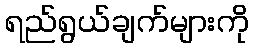
ရည်ရွယ်ချက်များကို